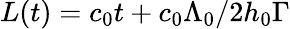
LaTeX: L(t)=c_{0}t+c_{0}\Lambda_{0}/2h_{0}\Gamma